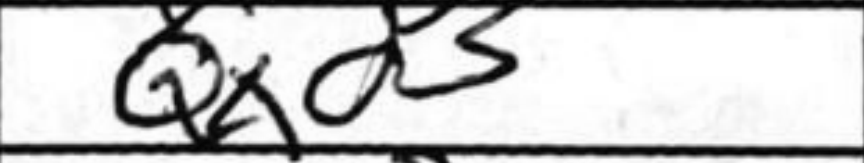
Transcription: Qxd5